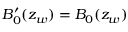
B _ { 0 } ^ { \prime } ( z _ { w } ) = B _ { 0 } ( z _ { w } )